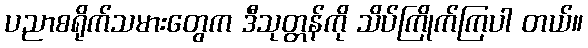
ပညာစရိုက်သမားတွေက ဒီသုတ္တန်ကို သိပ်ကြိုက်ကြပါ တယ်။